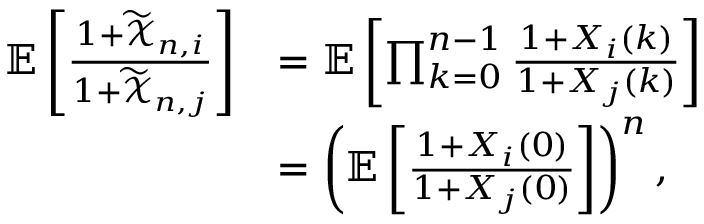
\begin{array} { r l } { \mathbb { E } \left[ \frac { 1 + \widetilde { \mathcal { X } } _ { n , i } } { 1 + \widetilde { \mathcal { X } } _ { n , j } } \right] } & { = \mathbb { E } \left[ \prod _ { k = 0 } ^ { n - 1 } \frac { 1 + X _ { i } ( k ) } { 1 + X _ { j } ( k ) } \right] } \\ & { = \left( \mathbb { E } \left[ \frac { 1 + X _ { i } ( 0 ) } { 1 + X _ { j } ( 0 ) } \right] \right) ^ { n } , } \end{array}